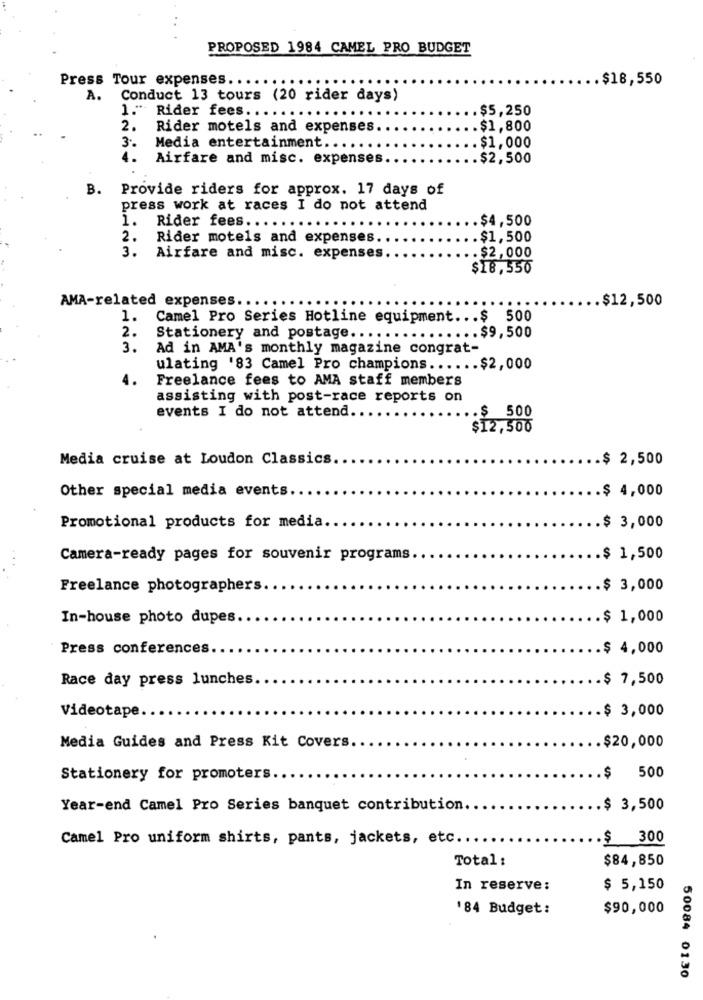
PROPOSED 1984 CAMEL PRO BUDGET
Press Tour expenses ..
.$18,550
A.
Conduct 13 tours (20 rider days)
1." Rider fees ...
. $5, 250
2.
Rider motels and expenses.
$1,800
3.
Media entertainment ...
.$1,000
4.
Airfare and misc. expenses.
.$2,500
B.
Provide riders for approx. 17 days of
press work at races I do not attend
1.
Rider fees ...
.. $4,500
2.
Rider motels and expenses
.$1,500
3.
Airfare and misc. expenses
.$2,000
$18,550
AMA-related expenses ..
.$12,500
1.
Camel Pro Series Hotline equipment ... $ 500
2.
Stationery and postage .....
...... $9, 500
3.
Ad in AMA's monthly magazine congrat-
ulating '83 Camel Pro champions ...... $2, 000
4.
Freelance fees to AMA staff members
assisting with post-race reports on
events I do not attend
.. $ 500
$12,500
Media cruise at Loudon Classics
.$ 2,500
Other special media events ..
.$ 4,000
Promotional products for media.
.$ 3,000
Camera-ready pages for souvenir programs.
.$ 1,500
Freelance photographers
$ 3,000
In-house photo dupes
.$ 1,000
Press conferences.
.$ 4,000
Race day press lunches.
.$ 7,500
Videotape.
.$ 3,000
Media Guides and Press Kit Covers
.$20,000
Stationery for promoters ..
.$ 500
Year-end Camel Pro Series banquet contribution.
.$ 3,500
Camel Pro uniform shirts, pants, jackets, etc ..
.$ 300
Total :
$84,850
In reserve:
$ 5,150
'84 Budget:
$90,000
50084 0130